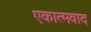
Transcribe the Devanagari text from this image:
एकात्मवाद